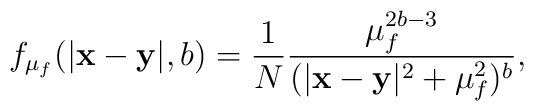
f_{\mu_{f}}(|{\bf x-y}|,b)=\frac{1}{N}\frac{\mu_{f}^{2b-3}}{(|{\bf x-y}|^{2}+\mu_{f}^{2})^{b}},